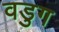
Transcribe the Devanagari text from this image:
वडुग